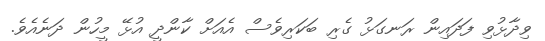
ވިދާޅުވި ފަދައިން ރަނގަޅު ގެރި ބަކަރިވެސް އެއަށް ކާންދީ އުޅޭ މީހުން ދަނެއެވެ.